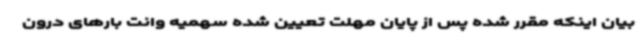
بیان اینکه مقرر شده پس از پایان مهلت تعیین شده سهمیه وانت بارهای درون